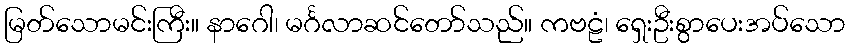
မြတ်သောမင်းကြီး။ နာဂေါ၊ မင်္ဂလာဆင်တော်သည်။ ကဗဠံ၊ ရှေးဦးစွာပေးအပ်သော